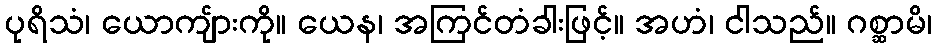
ပုရိသံ၊ ယောကျ်ားကို။ ယေန၊ အကြင်တံခါးဖြင့်။ အဟံ၊ ငါသည်။ ဂစ္ဆာမိ၊